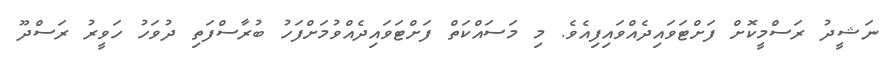
ނަޝީދު ރަސްމީކޮށް ފަށްޓަވައިދެއްވައިފިއެވެ. މި މަސައްކަތް ފަށްޓަވައިދެއްވުމަށްފަހު ބުރާސްފަތި ދުވަހު ހަވީރު ރަސްދޫ